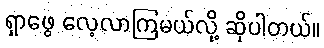
ရှာဖွေ လေ့လာကြမယ်လို့ ဆိုပါတယ်။